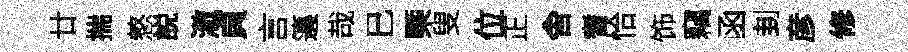
廿揣憗説澈貞言籩哉巳槩叟位正舍耆恰饰竊函刲彦修